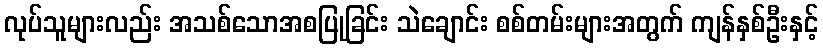
လုပ်သူများလည်း အသစ်သောအစပြုခြင်း သဲချောင်း စစ်တမ်းများအတွက် ကျန်နှစ်ဦးနှင့်